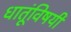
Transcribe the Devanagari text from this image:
धातूंविषयीं